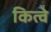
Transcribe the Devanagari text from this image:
कित्वे